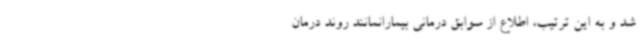
شد و به این ترتیب، اطلاع از سوابق درمانی بیمارانمانند روند درمان